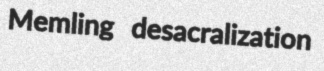
Memling desacralization